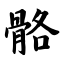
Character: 骼